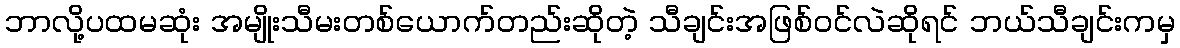
ဘာလို့ပထမဆုံး အမျိုးသီမးတစ်ယောက်တည်းဆိုတဲ့ သီချင်းအဖြစ်ဝင်လဲဆိုရင် ဘယ်သီချင်းကမှ